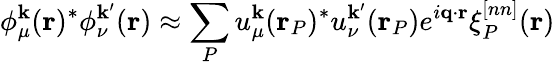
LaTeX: \phi_{\mu}^{\mathbf{k}}(\mathbf{r})^{*}\phi_{\nu}^{\mathbf{k}^{\prime}}(\mathbf{r})\approx\sum_{P}u_{\mu}^{\mathbf{k}}(\mathbf{r}_{P})^{*}u_{\nu}^{\mathbf{k}^{\prime}}(\mathbf{r}_{P})e^{i\mathbf{q}\cdot\mathbf{r}}\xi_{P}^{[nn]}(\mathbf{r})